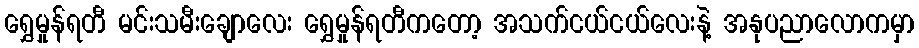
ရွှေမှုန်ရတီ မင်းသမီးချောလေး ရွှေမှုန်ရတီကတော့ အသက်ငယ်ငယ်လေးနဲ့ အနုပညာလောကမှာ